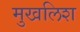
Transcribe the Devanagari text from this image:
मुखलिश